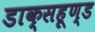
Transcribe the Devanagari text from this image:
डाक्सहूण्ड